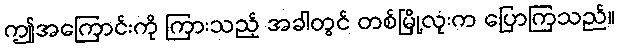
ဤအကြောင်းကို ကြားသည့် အခါတွင် တစ်မြို့လုံးက ပြောကြသည်။